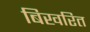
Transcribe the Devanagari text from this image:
बिखरित